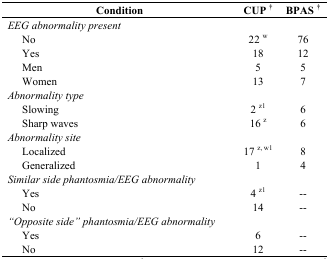
<table><thead><tr><td><b>Condition</b></td><td><b>CUP <sup>†</sup></b></td><td><b>BPAS <sup>†</sup></b></td></tr></thead><tbody><tr><td><i>EEG abnormality present</i></td><td></td><td></td></tr><tr><td> No</td><td>22 <sup>w</sup></td><td>76</td></tr><tr><td> Yes</td><td>18</td><td>12</td></tr><tr><td> Men</td><td>5</td><td>5</td></tr><tr><td> Women</td><td>13</td><td>7</td></tr><tr><td><i>Abnormality type</i></td><td></td><td></td></tr><tr><td> Slowing</td><td>2 <sup>z1</sup></td><td>6</td></tr><tr><td> Sharp waves</td><td>16 <sup>z</sup></td><td>6</td></tr><tr><td><i>Abnormality site</i></td><td></td><td></td></tr><tr><td> Localized</td><td>17 <sup>z, w1</sup></td><td>8</td></tr><tr><td> Generalized</td><td>1</td><td>4</td></tr><tr><td><i>Similar side phantosmia/EEG abnormality</i></td><td></td><td></td></tr><tr><td> Yes</td><td>4 <sup>z1</sup></td><td>--</td></tr><tr><td> No</td><td>14</td><td>--</td></tr><tr><td><i>“Opposite side” phantosmia/EEG abnormality</i></td><td></td><td></td></tr><tr><td> Yes</td><td>6</td><td>--</td></tr><tr><td> No</td><td>12</td><td>--</td></tr></tbody></table>